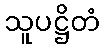
သူပဋ္ဌိတံ